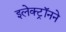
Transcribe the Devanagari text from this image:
इलेक्ट्रॉनने